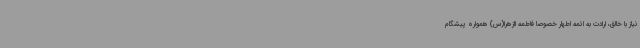
نیاز با خالق، ارادت به ائمه اطهار خصوصا فاطمه الزهرا(س) همواره پیشگام